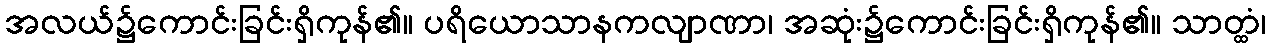
အလယ်၌ကောင်းခြင်းရှိကုန်၏။ ပရိယောသာနကလျာဏာ၊ အဆုံး၌ကောင်းခြင်းရှိကုန်၏။ သာတ္ထံ၊